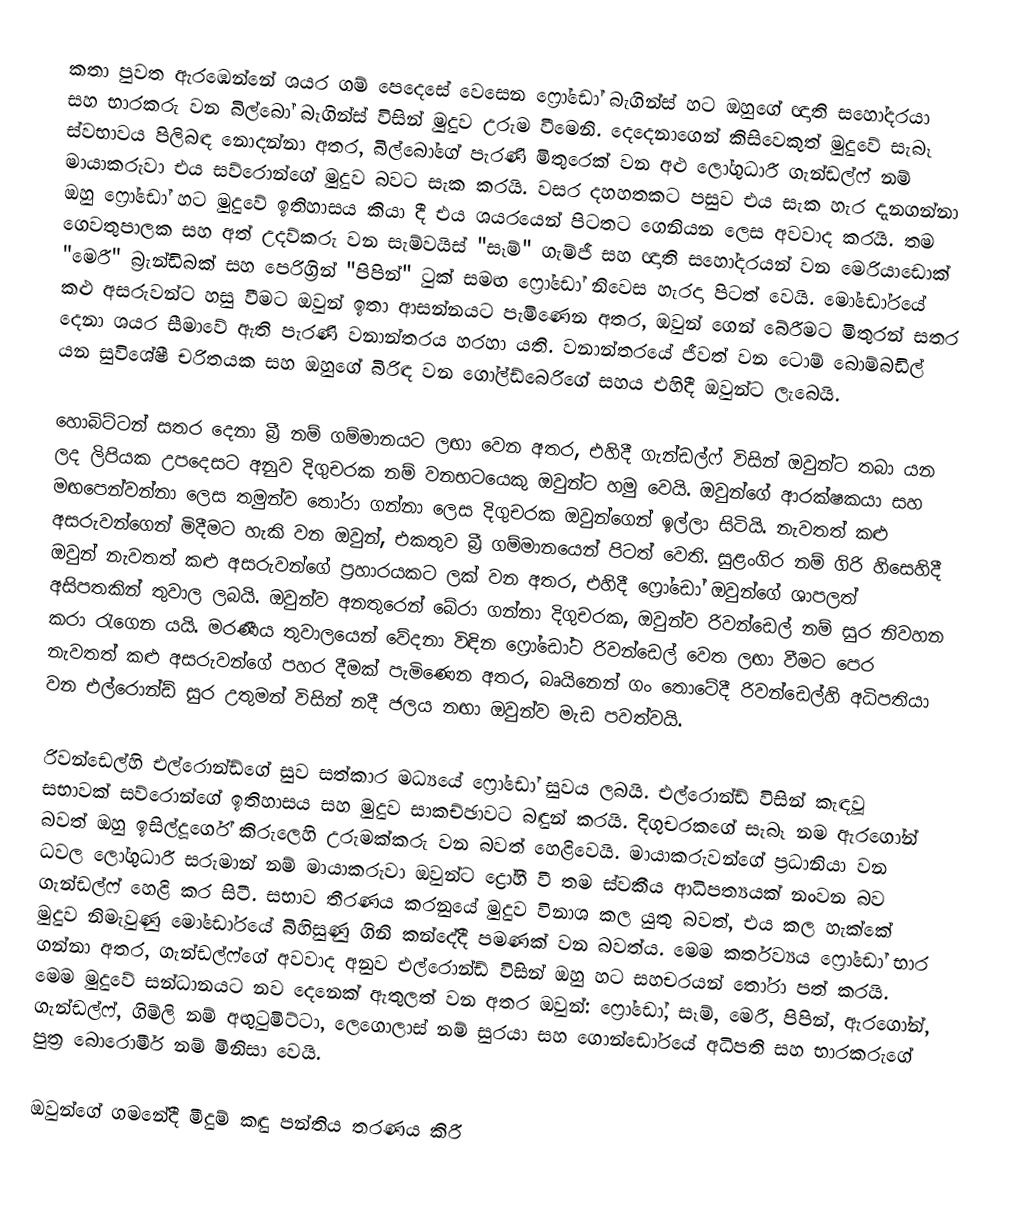
කතා පුවත ඇරඹෙන්නේ ශයර ගම් පෙදෙසේ වෙසෙන ෆ්‍රෝඩෝ බැගින්ස් හට ඔහුගේ ඥාති සහෝදරයා සහ භාරකරු වන බිල්බෝ බැගින්ස් විසින් මුදුව උරුම වීමෙනි. දෙදෙනාගෙන් කිසිවෙකුත් මුදුවේ සැබෑ ස්වභාවය පිලිබඳ නොදන්නා අතර, බිල්බෝගේ පැරණි මිතුරෙක් වන අළු ලෝගුධාරී ගැන්ඩල්ෆ් නම් මායාකරුවා එය සව්රොන්ගේ මුදුව බවට සැක කරයි.  වසර දහහතකට පසුව එය සැක හැර දැනගන්නා ඔහු ෆ්‍රෝඩෝ හට මුදුවේ ඉතිහාසය කියා දී එය ශයරයෙන් පිටතට ගෙනියන ලෙස අවවාද කරයි. තම ගෙවතුපාලක සහ අත් උදව්කරු වන සැම්වයිස් "සෑම්" ගැම්ජී සහ ඥාති සහෝදරයන් වන මෙරියාඩොක් "මෙරී" බ්‍රැන්ඩිබක් සහ පෙරිග්‍රින් "පිපින්" ටුක් සමඟ ෆ්‍රෝඩෝ නිවෙස හැරදා පිටත් වෙයි.  මෝඩෝරයේ කළු අසරුවන්ට හසු වීමට ඔවුන් ඉතා ආසන්නයට පැමිණෙන අතර, ඔවුන් ගෙන් බේරීමට මිතුරන් සතර දෙනා ශයර සීමාවේ ඇති පැරණි වනාන්තරය හරහා යති. වනාන්තරයේ ජීවත් වන ටොම් බොම්බඩිල් යන සුවිශේෂී චරිතයක සහ ඔහුගේ  බිරිඳ වන ගෝල්ඩ්බෙරිගේ සහය එහිදී ඔවුන්ට ලැබෙයි.

හොබිට්ටන් සතර දෙනා බ්‍රී නම් ගම්මානයට ලඟා වෙන අතර, එහිදී  ගැන්ඩල්ෆ් විසින් ඔවුන්ට තබා යන ලද ලිපියක උපදෙසට අනුව දිගුචරක නම් වනභටයෙකු ඔවුන්ට හමු වෙයි. ඔවුන්ගේ ආරක්ෂකයා සහ මඟපෙන්වන්නා ලෙස තමුන්ව තෝරා ගන්නා ලෙස දිගුචරක ඔවුන්ගෙන් ඉල්ලා සිටියි. නැවතත් කළු අසරුවන්ගෙන් මිදීමට හැකි වන ඔවුන්, එකතුව බ්‍රී ගම්මානයෙන් පිටත් වෙති. සුළංගිර නම් ගිරි හිසෙහිදී ඔවුන් නැවතත් කළු අසරුවන්ගේ ප්‍රහාරයකට ලක් වන අතර, එහිදී ෆ්‍රෝඩෝ ඔවුන්ගේ ශාපලත් අසිපතකින් තුවාල ලබයි. ඔවුන්ව අනතුරෙන් බේරා ගන්නා දිගුචරක, ඔවුන්ව රිවන්ඩෙල් නම් සුර නිවහන කරා රැගෙන යයි. මරණීය තුවාලයෙන් වේදනා විඳින ෆ්‍රෝඩෝට රිවන්ඩෙල් වෙත ලඟා වීමට පෙර නැවතත් කළු අසරුවන්ගේ පහර දීමක් පැමිණෙන අතර, බෘයිනෙන් ගං තොටේදී රිවන්ඩෙල්හි අධිපතියා වන එල්රොන්ඩ් සුර උතුමන් විසින් නදී ජලය නඟා ඔවුන්ව මැඩ පවත්වයි.

රිවන්ඩෙල්හි එල්රොන්ඩ්ගේ සුව සත්කාර මධ්‍යයේ ෆ්‍රෝඩෝ සුවය ලබයි. එල්රොන්ඩ් විසින් කැඳවූ සභාවක් සව්රොන්ගේ ඉතිහාසය සහ මුදුව සාකච්ඡාවට බඳුන් කරයි. දිගුචරකගේ සැබෑ නම ඇරගෝන් බවත් ඔහු ඉසිල්දූර්ගේ කිරුලෙහි උරුමක්කරු වන බවත් හෙළිවෙයි.  මායාකරුවන්ගේ ප්‍රධානියා වන ධවල ලෝගුධාරී සරුමාන් නම් මායාකරුවා ඔවුන්ට ද්‍රෝහී වී තම ස්වකීය ආධිපත්‍යයක් නංවන බව ගැන්ඩල්ෆ් හෙළි කර සිටී. සභාව තීරණය කරනුයේ මුදුව විනාශ කල යුතු බවත්, එය කල හැක්කේ මුදුව නිමැවුණු මෝඩෝරයේ බිහිසුණු ගිනි කන්දේදී පමණක් වන බවත්ය. මෙම කර්තව්‍යය ෆ්‍රෝඩෝ භාර ගන්නා අතර, ගැන්ඩල්ෆ්ගේ අවවාද අනුව එල්රොන්ඩ් විසින් ඔහු හට සහචරයන් තෝරා පත් කරයි. මෙම මුදුවේ සන්ධානයට නව දෙනෙක් ඇතුලත් වන අතර ඔවුන්: ෆ්‍රෝඩෝ, සෑම්, මෙරී, පිපින්, ඇරගෝන්, ගැන්ඩල්ෆ්, ගිම්ලි නම් අඟුටුමිට්ටා, ලෙගොලාස් නම් සුරයා සහ ගොන්ඩෝරයේ අධිපති සහ භාරකරුගේ පුත්‍ර බොරොමීර් නම් මිනිසා වෙයි.

ඔවුන්ගේ ගමනේදී මීදුම් කඳු පන්තිය තරණය කිරී